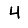
Digit: 4